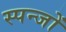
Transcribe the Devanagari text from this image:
स्पन्जों